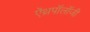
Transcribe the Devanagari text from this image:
ऐंथ्रपॉलॉजी